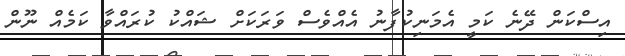
އިސްކަން ދޭނެ ކަމީ އެމަނިކުފާނު އެއްވެސް ވަރަކަށް ޝައްކު ކުރައްވާ ކަމެއް ނޫން